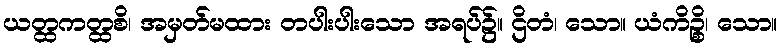
ယတ္ထကတ္ထစိ၊ အမှတ်မထား တပါးပါးသော အရပ်၌။ ဌိတံ၊ သော။ ယံကိဉ္စိ၊ သော။